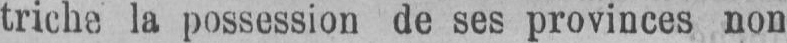
triche la possession de ses provinces non